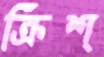
ক্রিশ্